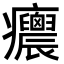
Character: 𤼝